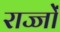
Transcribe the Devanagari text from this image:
राज्जों